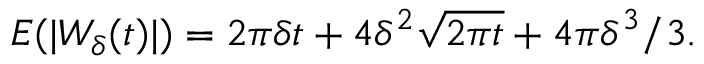
E ( | W _ { \delta } ( t ) | ) = 2 \pi \delta t + 4 \delta ^ { 2 } { \sqrt { 2 \pi t } } + 4 \pi \delta ^ { 3 } / 3 .